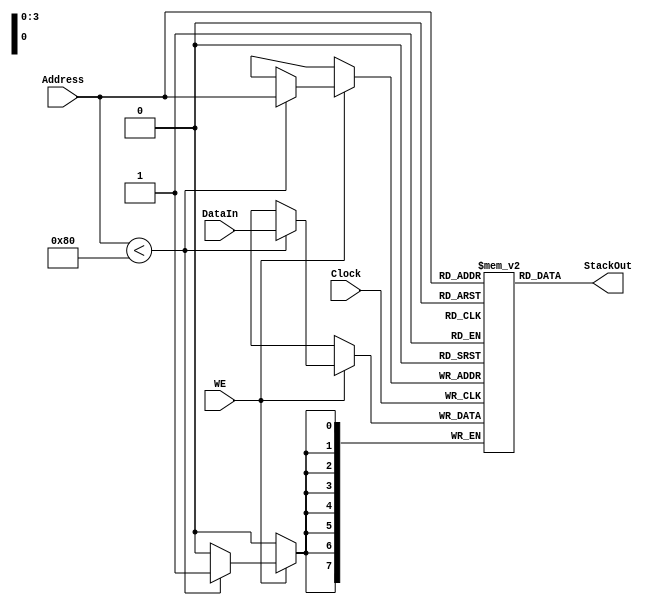
`timescale 1ns / 1ps

//Bus Width
`define STACKADDRBUS   4
`define STACKBUS    8

`define STACKWIDE   8
`define STACKHEIGHT 16

module stack(
	input Clock,
	input WE,
	input [`STACKADDRBUS - 1 : 0]Address,
	input [`STACKBUS - 1 : 0 ]DataIn,
	output[`STACKBUS - 1 : 0 ]StackOut
	);
	
	//STACK Declaration
	reg [`STACKWIDE - 1 :0] STACK [`STACKHEIGHT - 1 :0];

	assign StackOut = STACK[Address];
	
	//STACK Initialization
	integer index;
    
    initial
        begin
       
            for (index = 0;index < `STACKHEIGHT; index = index + 1)
                STACK[index] = 8'h00;
        
        end

    always@(negedge Clock)
            if(WE)
                if(Address < 8'h80)   
                    STACK[Address] <= DataIn;
endmodule